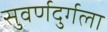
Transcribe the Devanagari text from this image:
सुवर्णदुर्गला